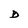
Character: D